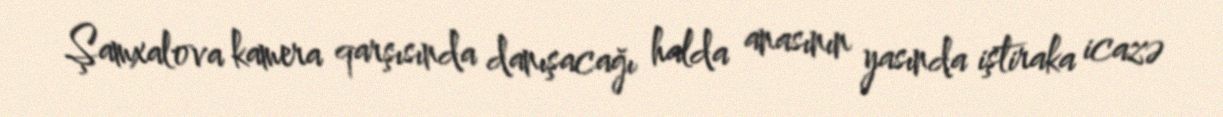
Şamxalova kamera qarşısında danışacağı halda anasının yasında iştiraka icazə